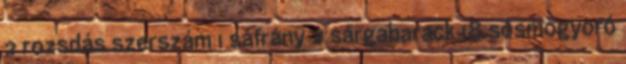
2 rozsdás szerszám 1 sáfrány 2 sárgabarack 18 sósmogyoró